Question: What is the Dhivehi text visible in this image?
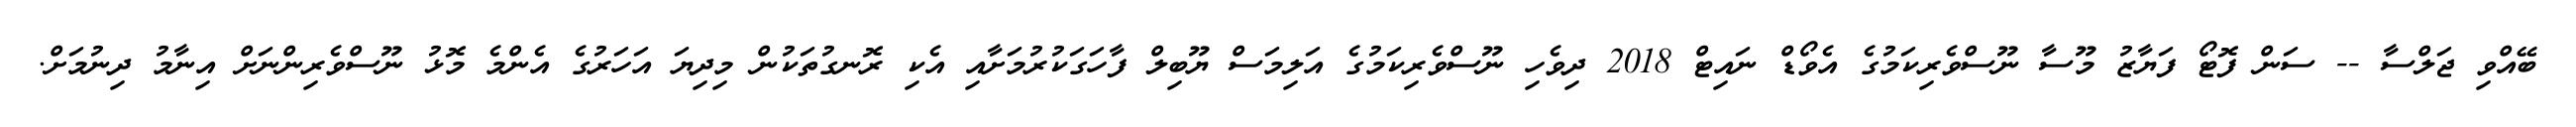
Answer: ބޭއްވި ޖަލްސާ -- ސަން ފޮޓޯ ފަޔާޒު މޫސާ ނޫސްވެރިކަމުގެ އެވޯޑް ނައިޓް 2018 ދިވެހި ނޫސްވެރިކަމުގެ އަލިމަސް ޔޫބިލް ފާހަގަކުރުމަށާއި އެކި ރޮނގުތަކުން މިދިޔަ އަހަރުގެ އެންމެ މޮޅު ނޫސްވެރިންނަށް އިނާމު ދިނުމަށް.